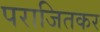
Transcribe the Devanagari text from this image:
पराजितकर